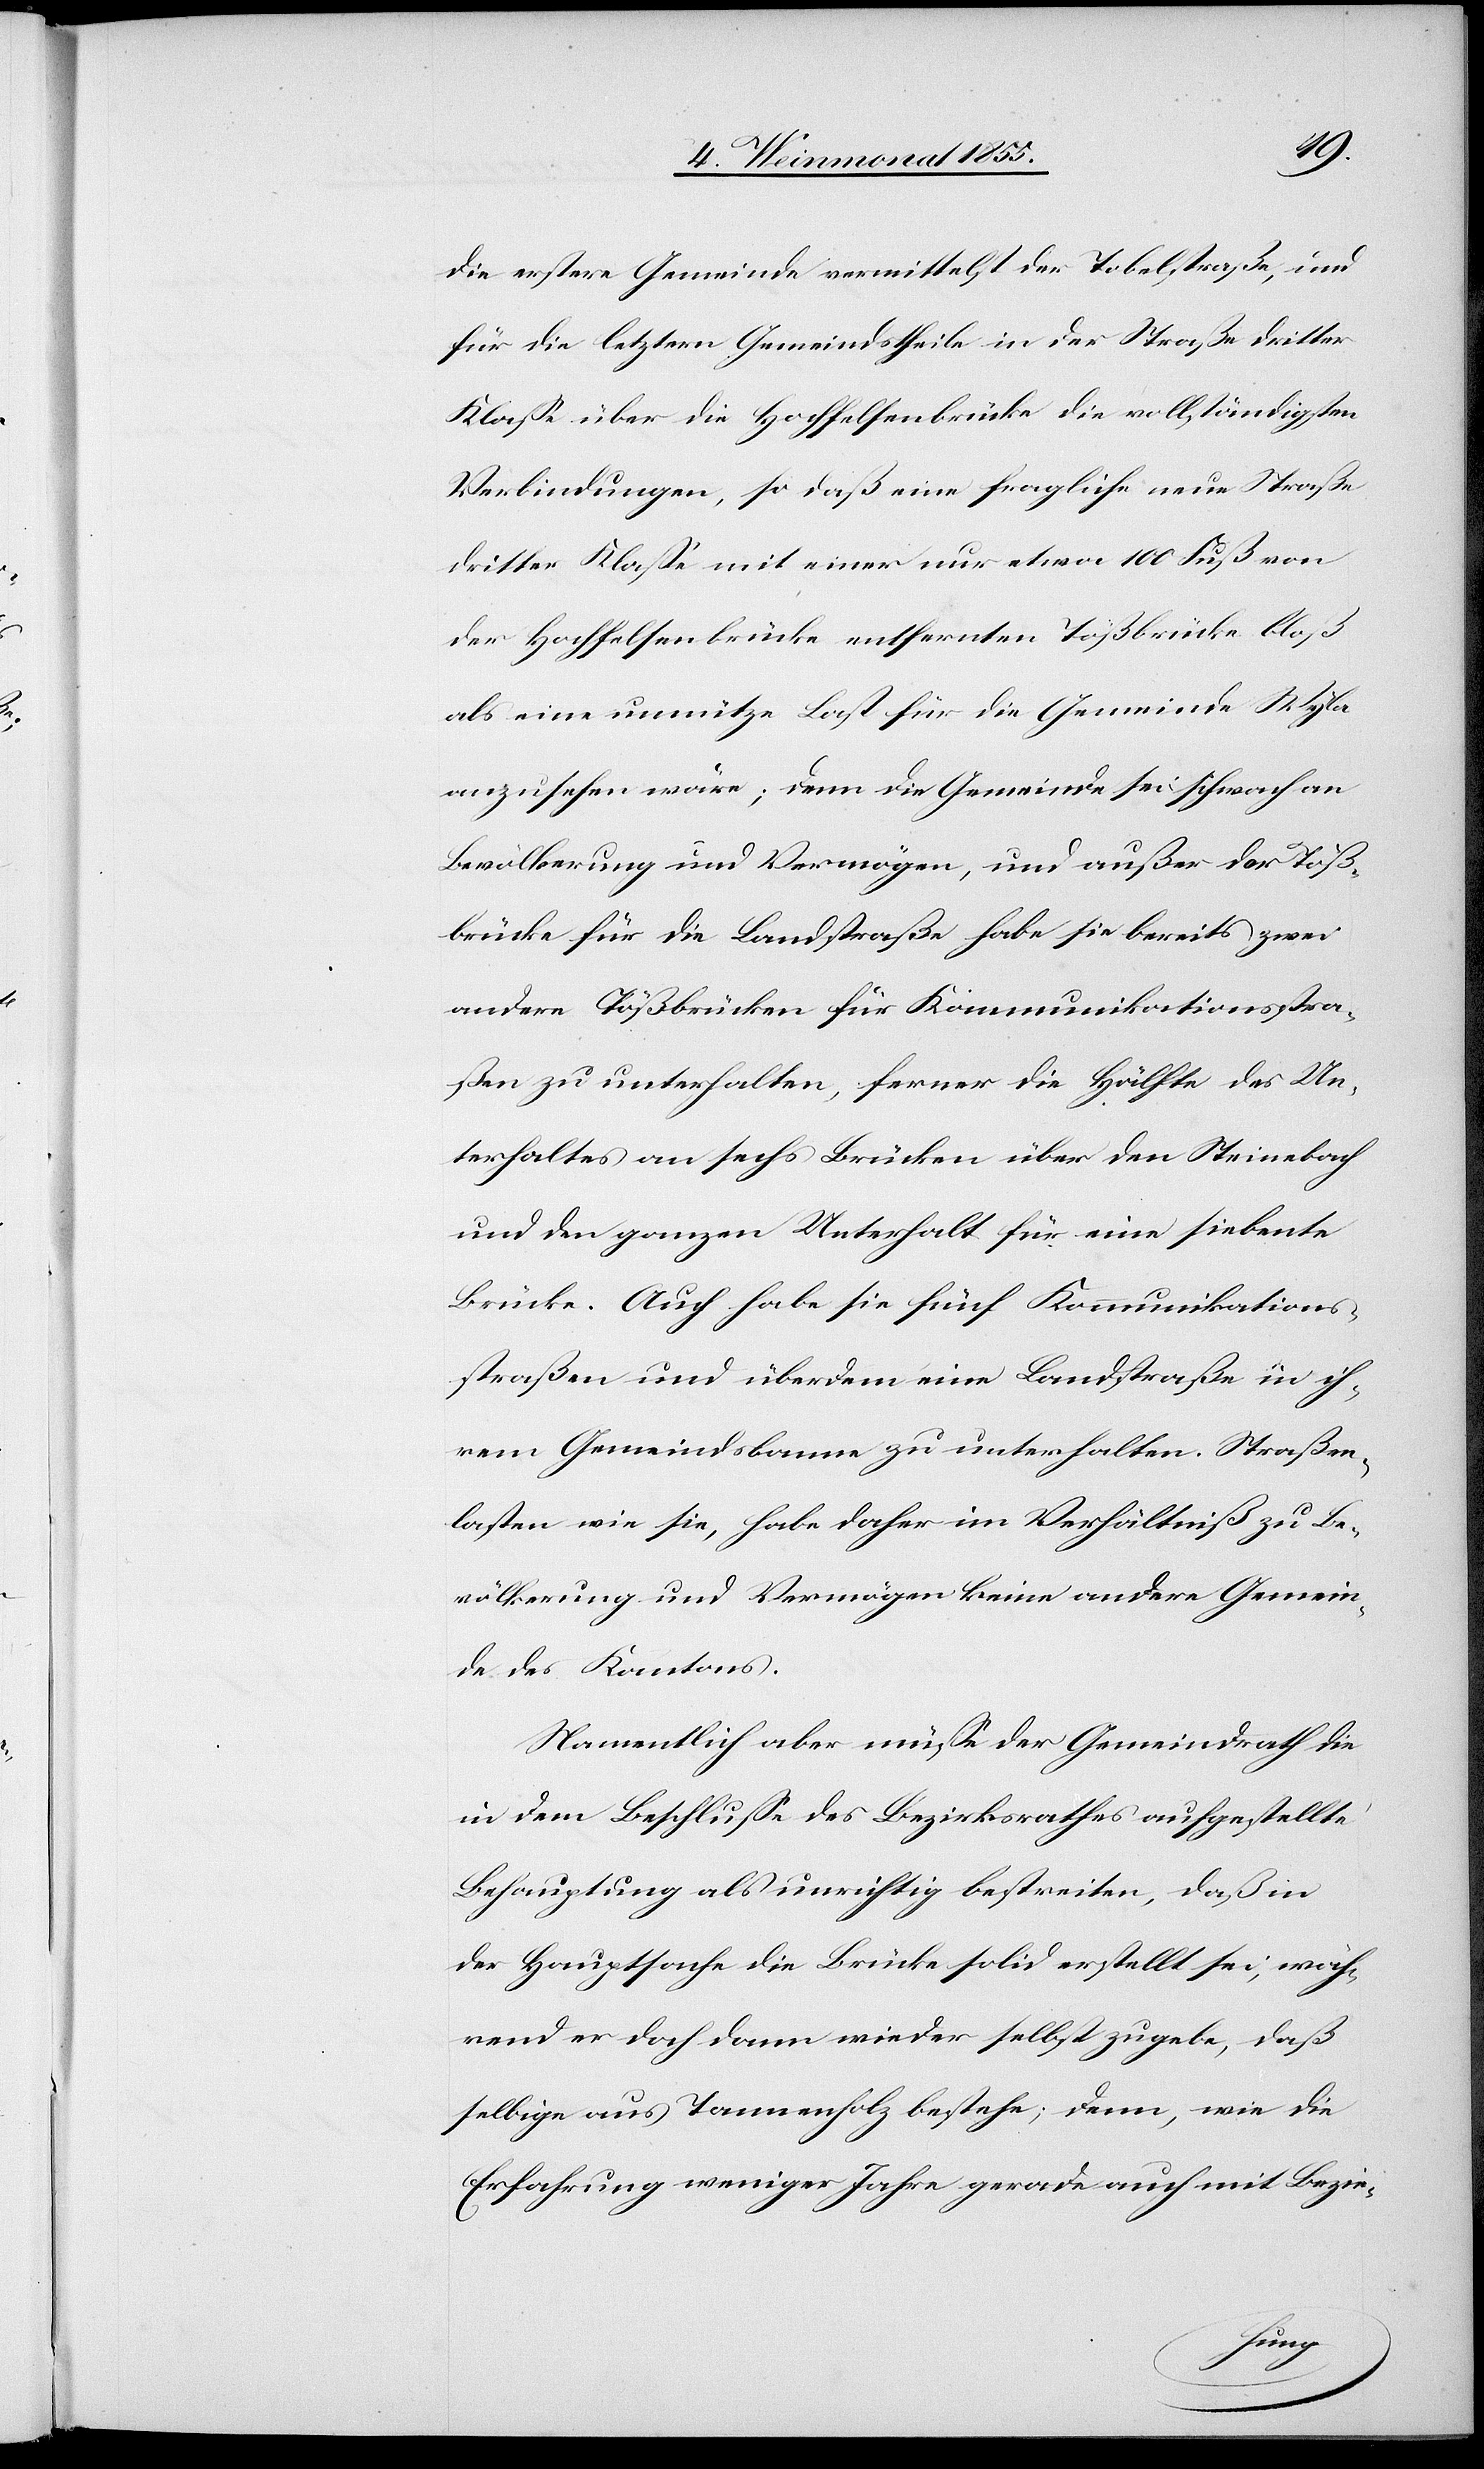
die erstere Gemeinde vermittelst der Tobelstraße, und
für die letztern Gemeindstheile in der Straße dritter
Klasse über die Hochfelsenbrücke die vollständigsten
Verbindungen, so daß eine fragliche neue Straße
dritter Klasse mit einer nur etwa 100 Fuß von
der Hochfelsenbrücke entfernten Tößbrücke bloß
als eine unnütze Last für die Gemeinde Wyla
anzusehen wäre; denn die Gemeinde sei schwach an
Bevölkerung und Vermögen, und außer der Töß¬
brücke für die Landstraße habe sie bereits zwei
andere Tößbrücken für Kommunikationsstra¬
ßen zu unterhalten, ferner die Hälfte des Un¬
terhaltes an sechs Brücken über den Steinebach
und den ganzen Unterhalt für eine siebente
Brücke. Auch habe sie fünf Kommunikations¬
straßen und überdem eine Landstraße in ih¬
rem Gemeindsbanne zu unterhalten. Straßen¬
lasten wie sie, habe daher im Verhältniß zu Be¬
völkerung und Vermögen keine andere Gemein¬
de des Kantons.
Namentlich aber müsse der Gemeindrath die
in dem Beschlusse des Bezirksrathes aufgestellte
Behauptung als unrichtig bestreiten, daß in
der Hauptsache die Brücke solid erstellt sei, wäh¬
rend er doch dann wieder selbst zugebe, daß
selbige aus Tannenholz bestehe; denn, wie die
Erfahrung weniger Jahre gerade auch mit Bezie-